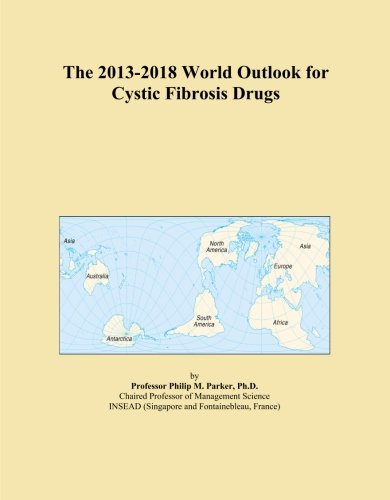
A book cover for The 2013-2018 World Outlook for Cystic Fibrosis Drugs; Icon Group International; Health, Fitness & Dieting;